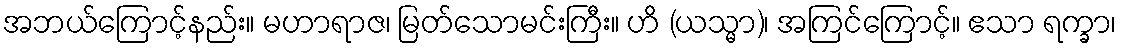
အဘယ်ကြောင့်နည်း။ မဟာရာဇ၊ မြတ်သောမင်းကြီး။ ဟိ (ယသ္မာ)၊ အကြင်ကြောင့်။ ဧသာ ရက္ခာ၊